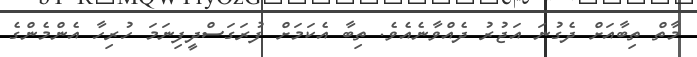
މާތް ތިބާއަށް ދެގުނަ އަޖުރު ދެއްވާނެއެވެ. ތިބާ އެކަމަށް ފުރަގަސްދީފިނަމަ ހުރިހާ އެންމެންގެ